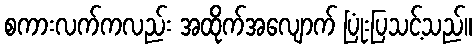
စကားလက်ကလည်း အထိုက်အလျောက် ပြုံးပြသင့်သည်။